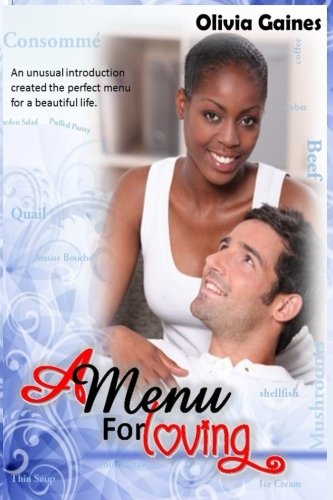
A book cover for A Menu for Loving; Olivia Gaines; Romance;